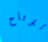
لترتاح